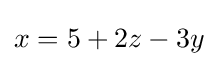
x=5+2z-3y